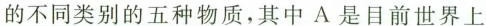
的不同类别的五种物质，其中A是目前世界上